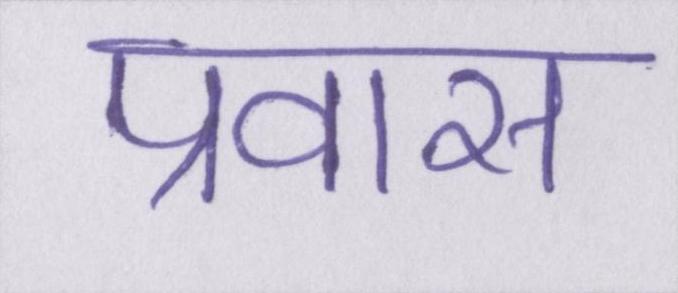
प्रवास